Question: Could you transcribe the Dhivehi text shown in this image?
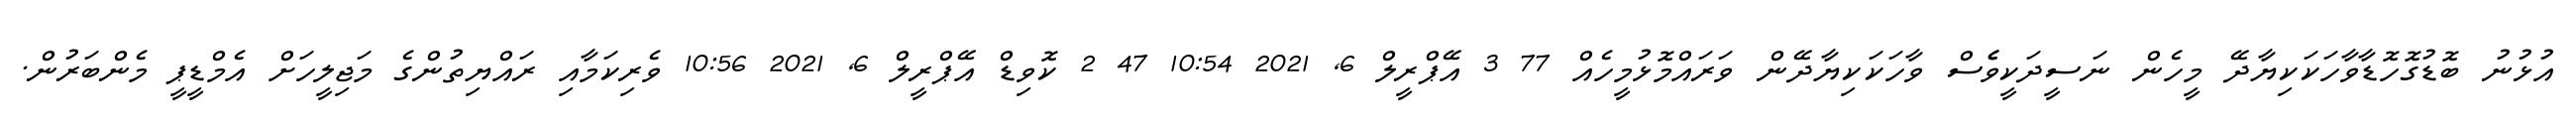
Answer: އުޅުނު ބޮޑުގޮހޮޑާވާހަކަކިޔާދޭ މީހެން ނަސީދަކީވެެސް ވާހަކަކިޔާދޭން ވަރައްމޮޅުމީހެއް 77 3 އޭޕްރީލް 6, 2021 10:54 47 2 ކޮވިޑް އޭޕްރީލް 6, 2021 10:56 ވެރިކަމާއި ރައްޔިތުންގެ މަޖިލީހަށް އެމްޑީޕީ މެންބަރުން.